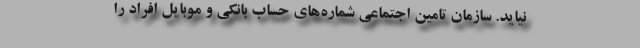
نیاید. سازمان تامین اجتماعی شماره‌های حساب بانکی و موبایل افراد را